Vaccination in the Punjab 1919-1929 - 1919-1929
Year: 1919
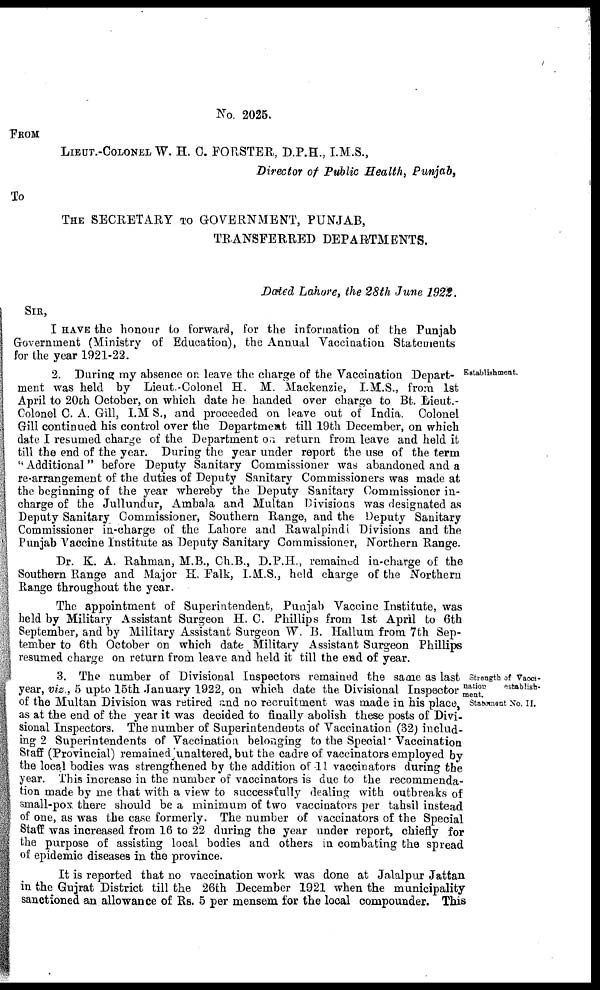
No. 2025.
FROM
LIEUT.-COLONEL W. H. C. FORSTER, D.P.H., I.M.S.,
Director of Public Health, Punjab,
To
THE SECRETARY TO GOVERNMENT, PUNJAB,
TRANSFERRED DEPARTMENTS.
Dated Lahore, the 28th June 1922.
SIR,
I HAVE the honour to forward, for the information of the Punjab
Government (Ministry of Education), the Annual Vaccination Statements
for the year 1921-22.
Establishment.
2. During my absence on leave the charge of the Vaccination Depart-
ment was held by Lieut.-Colonel H. M. Mackenzie, I.M.S., from 1st
April to 20th October, on which date he handed over charge to Bt. Lieut.-
Colonel C. A. Gill, I.M S., and proceeded on leave out of India. Colonel
Gill continued his control over the Department till 19th December, on which
date I resumed charge of the Department on return from leave and held it
till the end of the year. During the year under report the use of the term
"Additional" before Deputy Sanitary Commissioner was abandoned and a
re-arrangement of the duties of Deputy Sanitary Commissioners was made at
the beginning of the year whereby the Deputy Sanitary Commissioner in-
charge of the Jullundur, Ambala and Multan Divisions was designated as
Deputy Sanitary Commissioner, Southern Range, and the Deputy Sanitary
Commissioner in-charge of the Lahore and Rawalpindi Divisions and the
Punjab Vaccine Institute as Deputy Sanitary Commissioner, Northern Range.
Dr. K. A. Rahman, M.B., Ch.B., D.P.H., remained in-charge of the
Southern Range and Major H. Falk, I.M.S., held charge of the Northern
Range throughout the year.
The appointment of Superintendent, Punjab Vaccine Institute, was
held by Military Assistant Surgeon H. C. Phillips from 1st April to 6th
September, and by Military Assistant Surgeon W. B. Hallum from 7th Sep-
tember to 6th October on which date Military Assistant Surgeon Phillips
resumed charge on return from leave and held it till the end of year.
Strength of Vacci-
nation
establish-
ment.
Statement No. II.
3. The number of Divisional Inspectors remained the same as last
year, viz., 5 upto 15th January 1922, on which date the Divisional Inspector
of the Multan Division was retired and no recruitment was made in his place,
as at the end of the year it was decided to finally abolish these posts of Divi-
sional Inspectors. The number of Superintendents of Vaccination (32) includ-
ing 2 Superintendents of Vaccination belonging to the Special-Vaccination
Staff (Provincial) remained unaltered, but the cadre of vaccinators employed by
the local bodies was strengthened by the addition of 11 vaccinators during the
year. This increase in the number of vaccinators is due to the recommenda-
tion made by me that with a view to successfully dealing with outbreaks of
small-pox there should be a minimum of two vaccinators per tahsil instead
of one, as was the case formerly. The number of vaccinators of the Special
Staff was increased from 16 to 22 during the year under report, chiefly for
the purpose of assisting local bodies and others in combating the spread
of epidemic diseases in the province.
It is reported that no vaccination work was done at Jalalpur Jattan
in the Gujrat District till the 26th December 1921 when the municipality
sanctioned an allowance of Rs. 5 per mensem for the local compounder. This